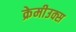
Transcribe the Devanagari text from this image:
क्रेमीउक्स